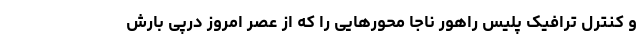
و کنترل ترافیک پلیس راهور ناجا محورهایی را که از عصر امروز درپی بارش